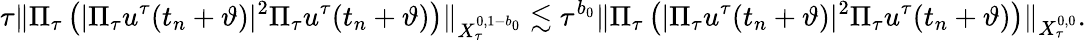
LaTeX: \tau\Vert\Pi_{\tau}\left(|\Pi_{\tau}u^{\tau}(t_{n}+\vartheta)|^{2}\Pi_{\tau}u^{\tau}(t_{n}+\vartheta)\right)\Vert_{X_{\tau}^{0,1-b_{0}}}\lesssim\tau^{b_{0}}\Vert\Pi_{\tau}\left(|\Pi_{\tau}u^{\tau}(t_{n}+\vartheta)|^{2}\Pi_{\tau}u^{\tau}(t_{n}+\vartheta)\right)\Vert_{X_{\tau}^{0,0}}.